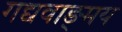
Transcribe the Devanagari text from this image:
गद्यवाङ्‌मय